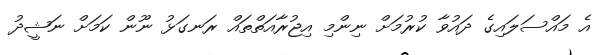
އެ މައްސަލައިގެ ދައުވާ ކުރުމަށް ނިންމި އިޖުރާއަތްތައް ރަނގަޅު ނޫން ކަމަށް ނަޝީދު